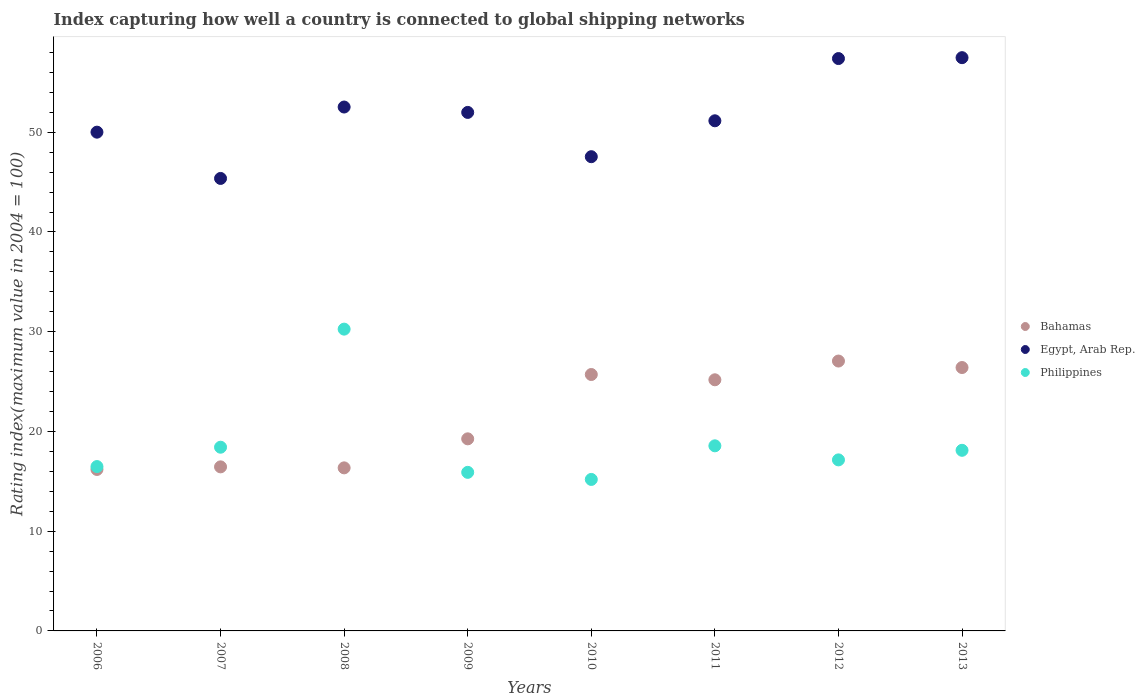
| Years | Bahamas | Egypt, Arab Rep. | Philippines |
 | --- | --- | --- | --- |
 | 2006 | 16.2 | 50 | 16.5 |
 | 2007 | 16.4 | 45.4 | 18.4 |
 | 2008 | 16.4 | 52.5 | 30.3 |
 | 2009 | 19.3 | 52 | 15.9 |
 | 2010 | 25.7 | 47.5 | 15.2 |
 | 2011 | 25.2 | 51.1 | 18.6 |
 | 2012 | 27.1 | 57.4 | 17.1 |
 | 2013 | 26.4 | 57.5 | 18.1 |